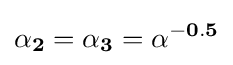
\mathbf {\alpha _{2}=\alpha _{3}=\alpha ^{-0.5}} \,\!